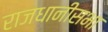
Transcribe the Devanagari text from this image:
राजधानीसभा